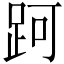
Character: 跒